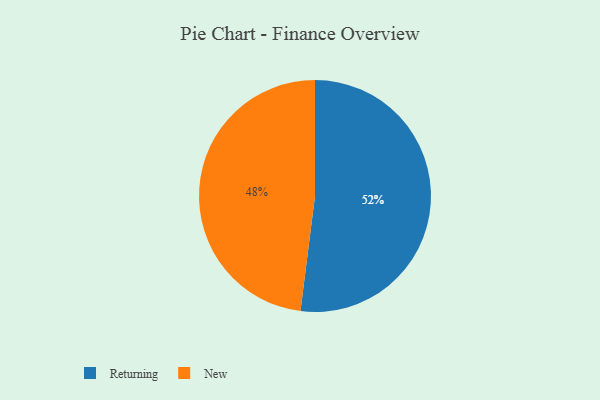
{"axis": {"x": "Category", "y": "Percentage"}, "legend": ["New", "Returning"], "data": [{"x": "Returning", "y": 52, "type": "Returning"}, {"x": "New", "y": 48, "type": "New"}]}